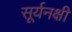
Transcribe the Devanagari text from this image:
सूर्यनक्षी